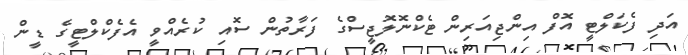
އަދި ފެކަލްޓީ އޮފް އިންޖިއަރިން ޓެކްނޮލޮޖީސްގެ ފަރާތުން ސޮއި ކުރެއްވީ އެފެކްލްޓީގެ ޑީން